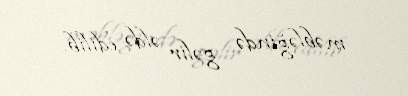
məbləğində gəlir əldə edilib.